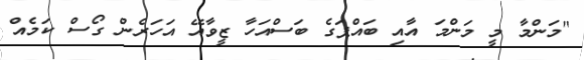
"މަންމާ މީ މަންމަ އާއި ބައްޕަގެ ބަސްއަހާ ޒީވާއޭ އަހަރެން ގޯސް ކަމެއް